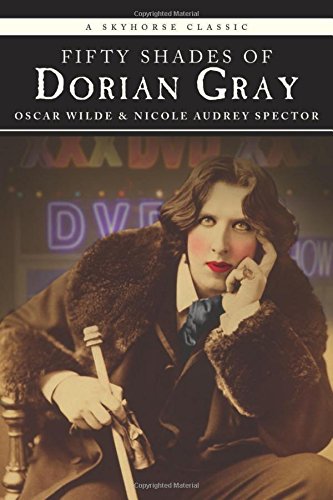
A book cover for Fifty Shades of Dorian Gray (Classic); Nicole Audrey Spector; Literature & Fiction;